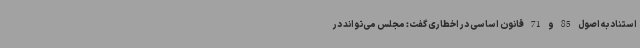
استناد به اصول 85 و 71 قانون اساسی در اخطاری گفت: مجلس می‌تواند در